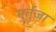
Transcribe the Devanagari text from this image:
मुर्तुज़ा